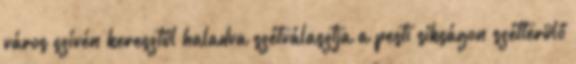
város szívén keresztül haladva szétválasztja a pesti síkságon szétterülő